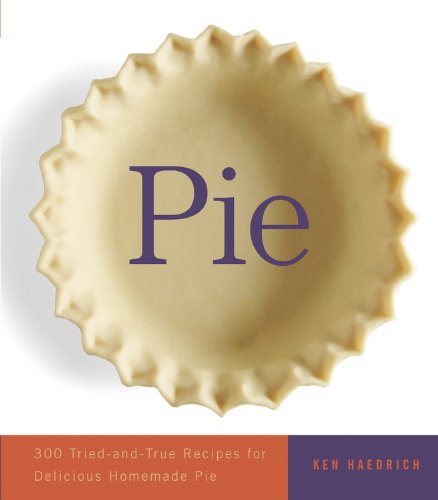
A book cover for Pie: 300 Tried-and-True Recipes for Delicious Homemade Pie; Ken Haedrich; Cookbooks, Food & Wine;